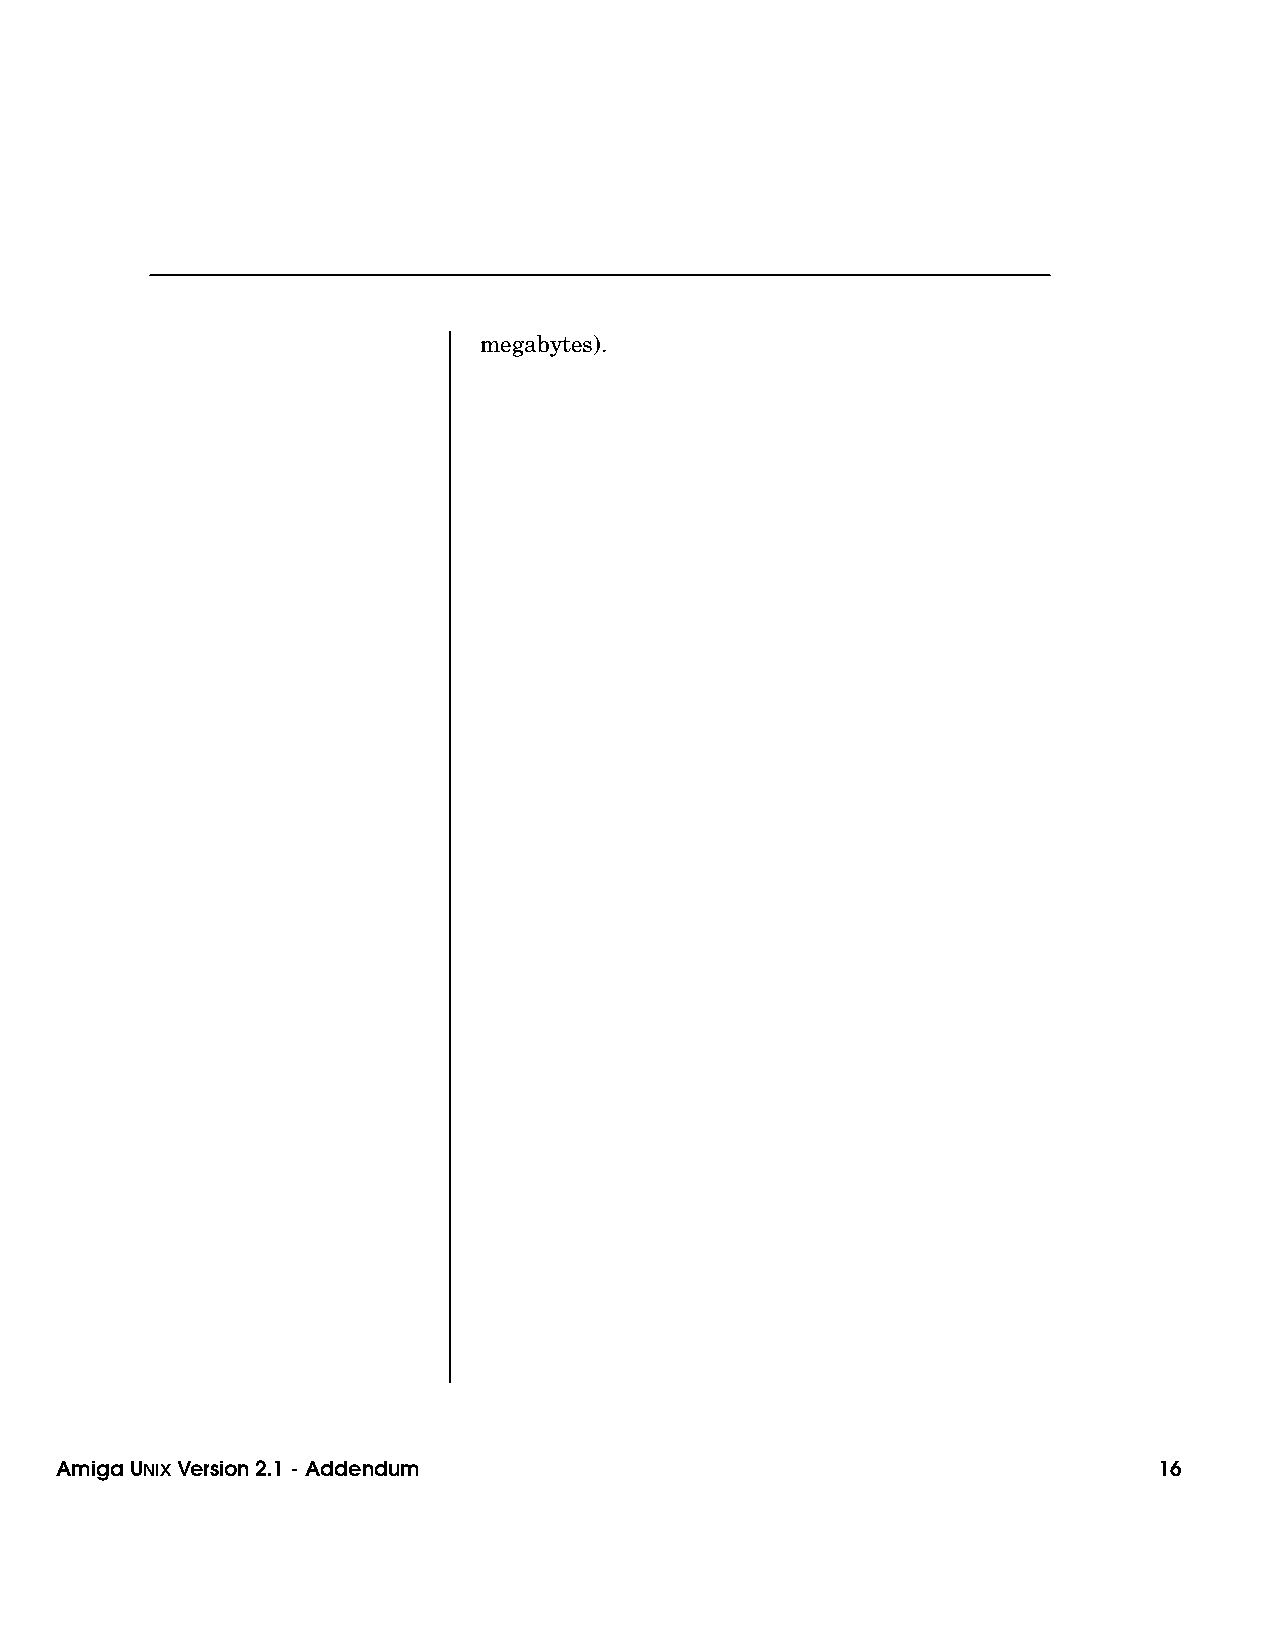
megabytes).
 Amiga UNIXVersion 2.1 - Addendum                                         16